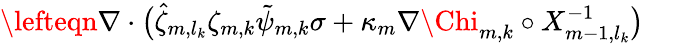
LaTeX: \begin{array}{rl}{\lefteqn{\nabla\cdot\bigl(\hat{\zeta}_{m,l_{k}}\zeta_{m,k}\tilde{\psi}_{m,k}\sigma+\kappa_{m}\nabla{\Chi}_{m,k}\circ X_{m-1,l_{k}}^{-1}\bigr)}\quad}&{{}}\end{array}